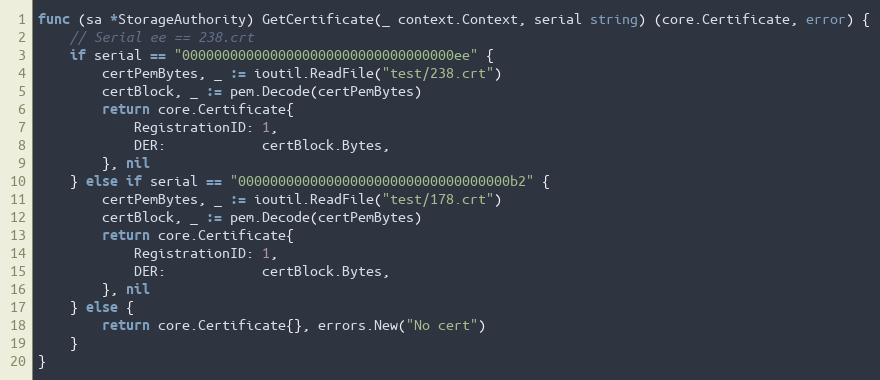
Language: Go
func (sa *StorageAuthority) GetCertificate(_ context.Context, serial string) (core.Certificate, error) {
	// Serial ee == 238.crt
	if serial == "0000000000000000000000000000000000ee" {
		certPemBytes, _ := ioutil.ReadFile("test/238.crt")
		certBlock, _ := pem.Decode(certPemBytes)
		return core.Certificate{
			RegistrationID: 1,
			DER:            certBlock.Bytes,
		}, nil
	} else if serial == "0000000000000000000000000000000000b2" {
		certPemBytes, _ := ioutil.ReadFile("test/178.crt")
		certBlock, _ := pem.Decode(certPemBytes)
		return core.Certificate{
			RegistrationID: 1,
			DER:            certBlock.Bytes,
		}, nil
	} else {
		return core.Certificate{}, errors.New("No cert")
	}
}